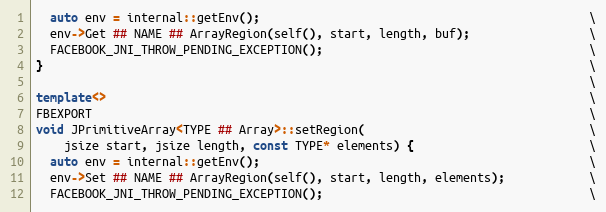
Language: C++
  auto env = internal::getEnv();                                               \
  env->Get ## NAME ## ArrayRegion(self(), start, length, buf);                 \
  FACEBOOK_JNI_THROW_PENDING_EXCEPTION();                                      \
}                                                                              \
                                                                               \
template<>                                                                     \
FBEXPORT                                                                       \
void JPrimitiveArray<TYPE ## Array>::setRegion(                                \
    jsize start, jsize length, const TYPE* elements) {                         \
  auto env = internal::getEnv();                                               \
  env->Set ## NAME ## ArrayRegion(self(), start, length, elements);            \
  FACEBOOK_JNI_THROW_PENDING_EXCEPTION();                                      \